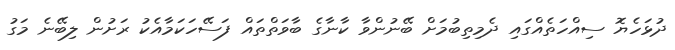
ދުޅަހެޔޮ ސިއްހަތެއްގައި ދެމިތިބުމަށް ބޭނުންވާ ކާނާގެ ބާވަތްތައް ފަސޭހަކަމާއެކު ރަށުން ލިބޭނެ މަގު